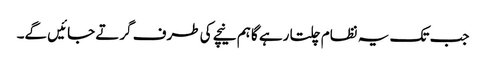
جب تک یہ نظام چلتا رہے گا ہم نیچے کی طرف گرتے جائیں گے۔